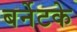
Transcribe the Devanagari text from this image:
बर्नेटके